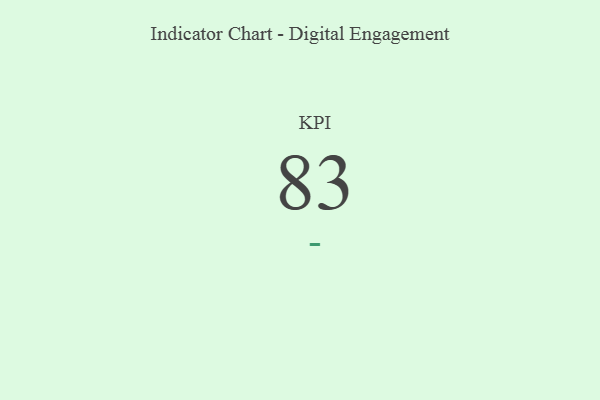
{"axis": {"x": "KPI", "y": "Value"}, "legend": [""], "data": [{"x": "KPI", "y": 83, "type": ""}]}